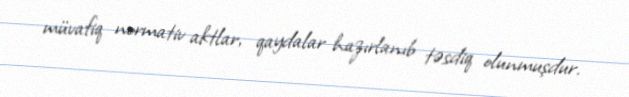
müvafiq normativ aktlar, qaydalar hazırlanıb təsdiq olunmuşdur.